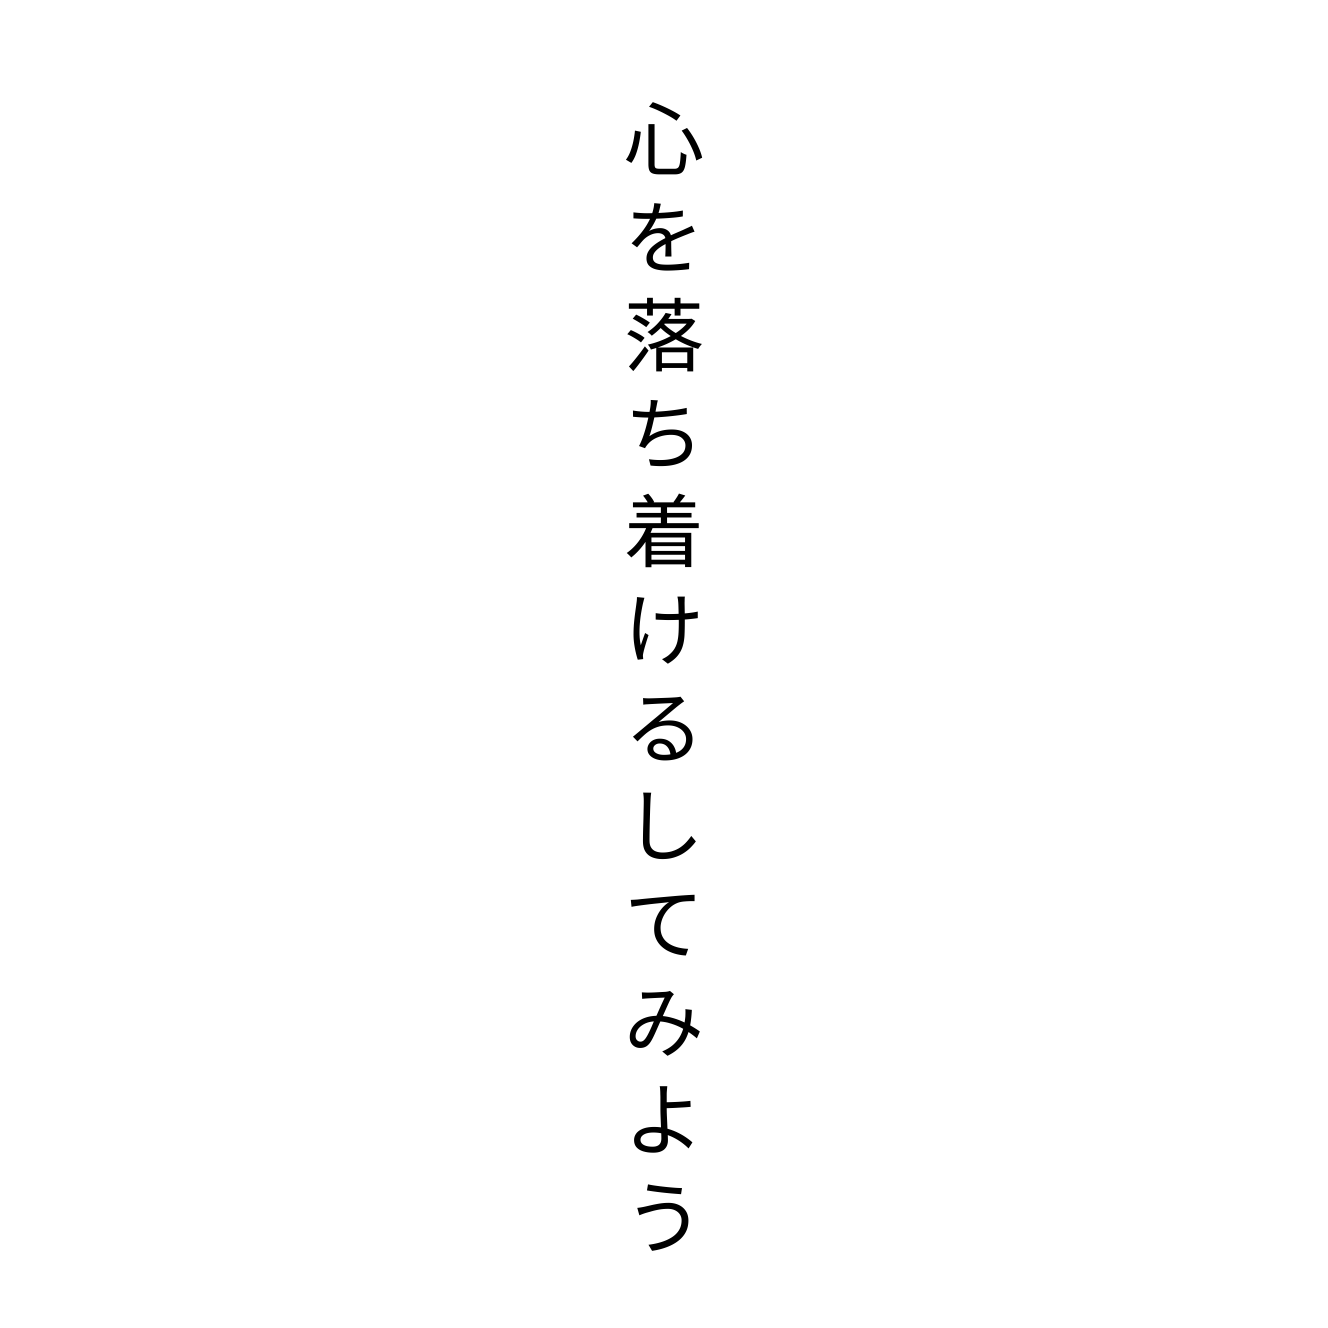
心を落ち着けるしてみよう